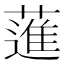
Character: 𦻗